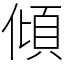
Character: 傾